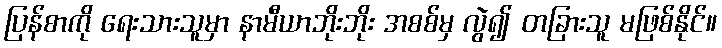
ပြန်စာကို ရေးသားသူမှာ နာမီယာဘိုးဘိုး အစစ်မှ လွဲ၍ တခြားသူ မဖြစ်နိုင်။